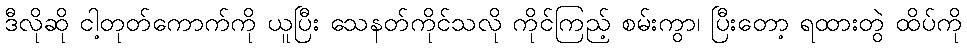
ဒီလိုဆို ငါ့တုတ်ကောက်ကို ယူပြီး သေနတ်ကိုင်သလို ကိုင်ကြည့် စမ်းကွာ၊ ပြီးတော့ ရထားတွဲ ထိပ်ကို